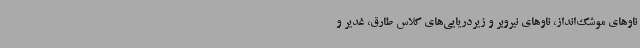
ناوهای موشک‌انداز، ناوهای نیروبر و زیردریایی‌های کلاس طارق، غدیر و